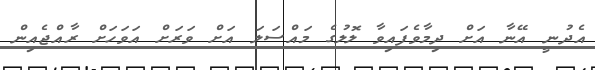
އެދުނީ އޭނާ އަށް ދިމާވެފައިވާ ލޮލުގެ މައްސަލަ އަށް ވަރަށް އަވަހަށް ރާއްޖެއިން